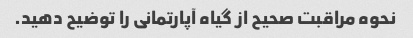
نحوه مراقبت صحیح از گیاه آپارتمانی را توضیح دهید.